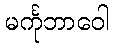
မင်္ကုဘာဝေါ